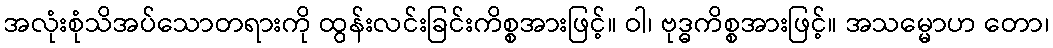
အလုံးစုံသိအပ်သောတရားကို ထွန်းလင်းခြင်းကိစ္စအားဖြင့်။ ဝါ၊ ဗုဒ္ဓကိစ္စအားဖြင့်။ အသမ္မောဟ တော၊